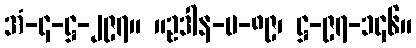
အံ-၄-ဋ္ဌ-၂၉၇။ ။ဥဒါန-ပ-၈၉၊ ဋ္ဌ-၉၇-၁၄၆။